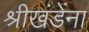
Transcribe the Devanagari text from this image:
श्रीखंडेंना